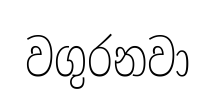
වගුරනවා